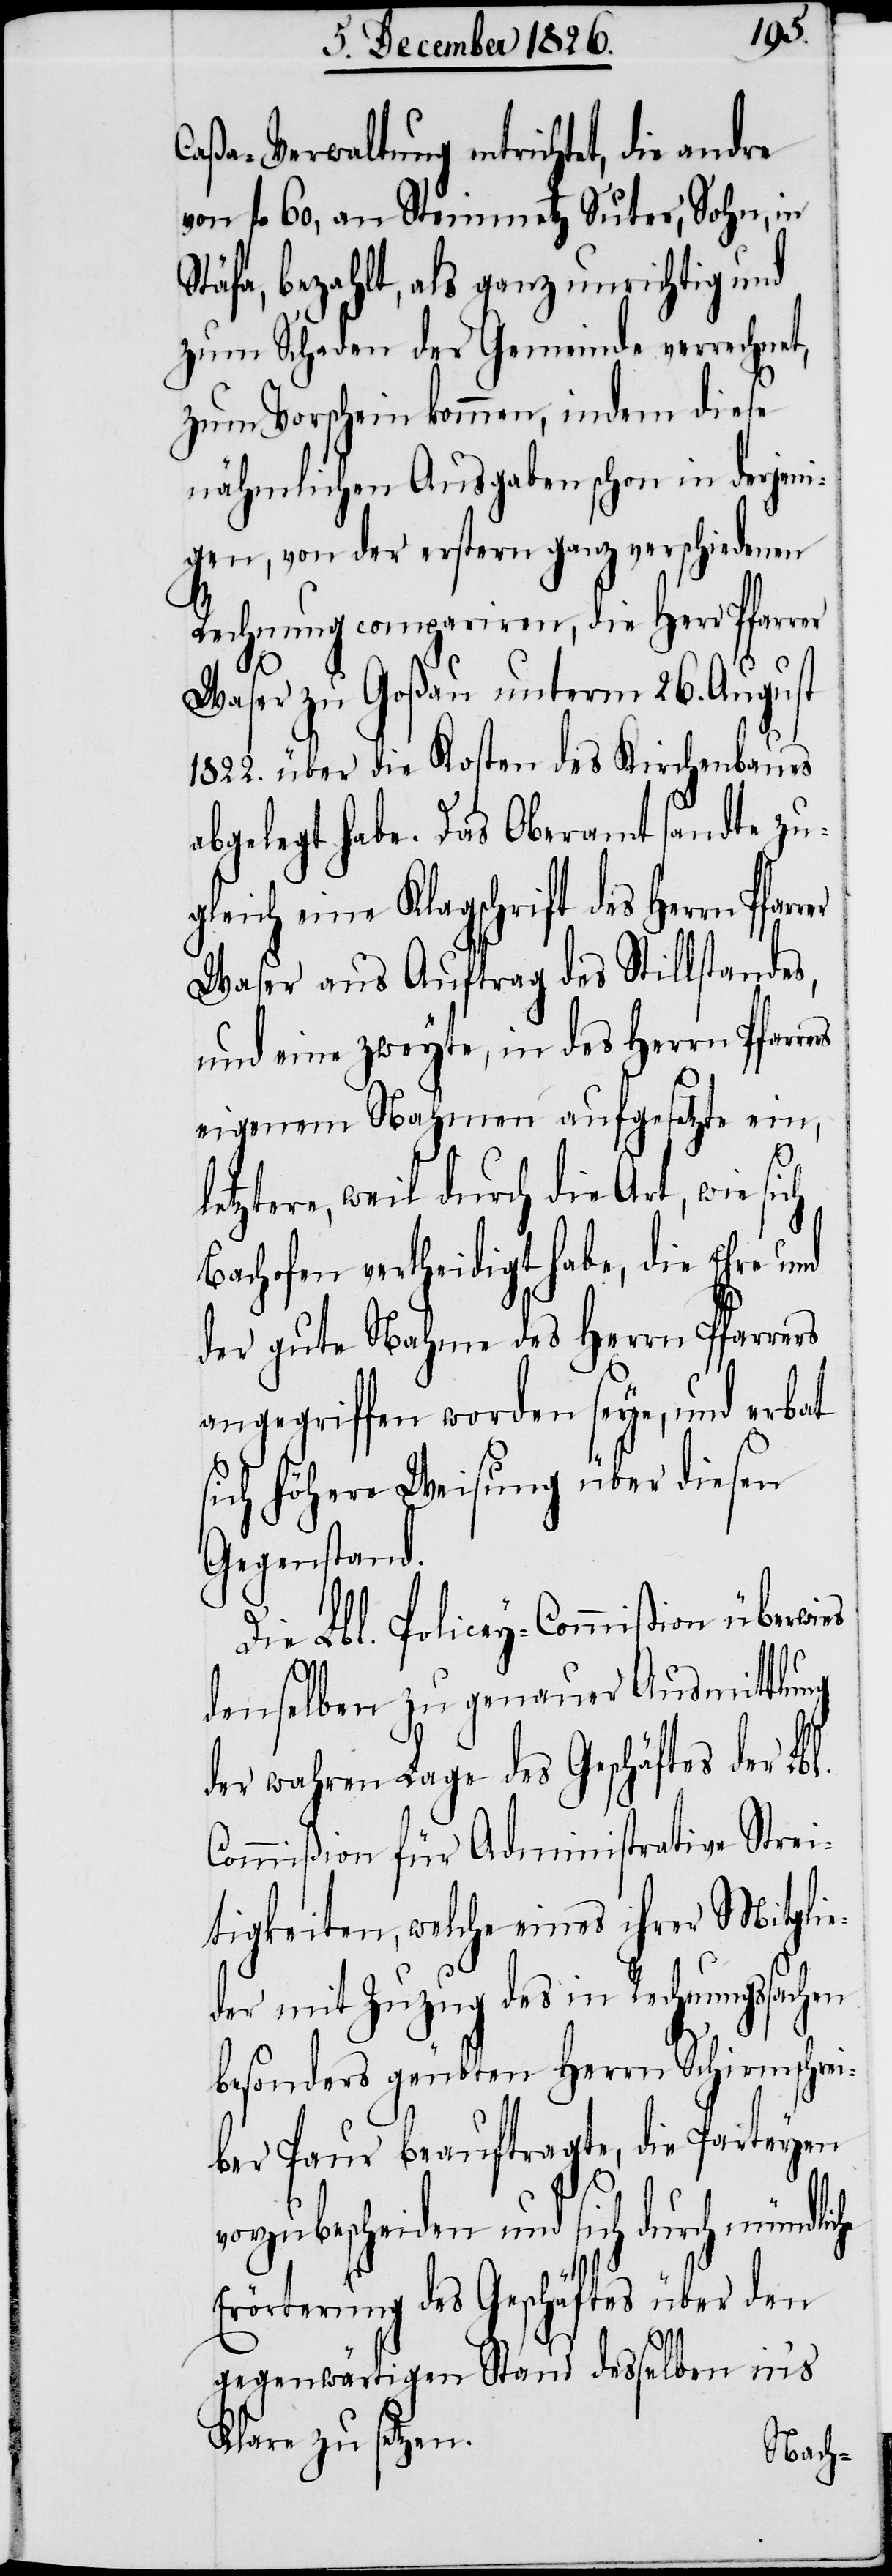
Caßa-Verwaltung entrichtet, die andre
von fl. 60, an Steinmetz Suter, Sohn, in
Stäfa, bezahlt, als ganz unrichtig und
zum Schaden der Gemeinde verrechnet,
zum Vorschein kommen, indem diese
nähmlichen Ausgaben schon in derjeni¬
gen, von der erstern ganz verschiedenen
es
Rechnung compariren, die Herr Pfarrer
Waser zu Goßau unterm 26. August
1822. über die Kosten des Kirchenbaues
abgelegt habe. Das Oberamt sandte zu¬
gleich eine Klagschrift des Herrn
Waser aus Auftrag des Stillstandes,
und eine zweyte, in des Herrn Pfarr¬
eigenem Nahmen aufgesetzte ein,
letztere, weil durch die Art, wie sich
Bachofen vertheidigt habe, die Ehre und
der gute Nahme des Herrn Pfarrers
angegriffen worden seye, und erbat
sich höhere Weisung über diesen
Gegenstand.
Die Lbl. Policey-Commißion überwi¬
denselben zu genauer Ausmittlung
der wahren Lage des Geschäftes der Lbl.
Commißion für Administrative Strei¬
tigkeiten, welche eines ihrer Mitgli¬
eder mit Zuzug des in Rechnungssachen
besonders geübten Herrn Schirmschre¬
iber Paur beauftragte, die Parteyen
vorzubescheiden und sich durch mündliche
Erörterung des Geschäftes über den
gegenwärtigen Stand desselben in’s
Klare zu setzen.